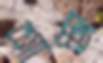
শাপ্তা